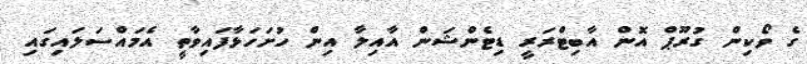
ގެ ވޯކިން ގުރޫޕް އޮން އާބިޓްރަރީ ޑިޓެންޝަން އާއިލާ އިން ހުށަހަޅާފައިވާތީ އެމައްސަލައިގައި